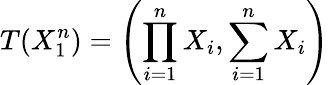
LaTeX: T(X_{1}^{n})=\left(\prod_{i=1}^{n}X_{i},\sum_{i=1}^{n}X_{i}\right)